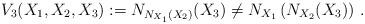
LaTeX: \begin{align*}V_3(X_1,X_2,X_3):=N_{N_{X_1}(X_2)}(X_3)\not=N_{X_1}\left(N_{X_2}(X_3)\right)\,.\end{align*}